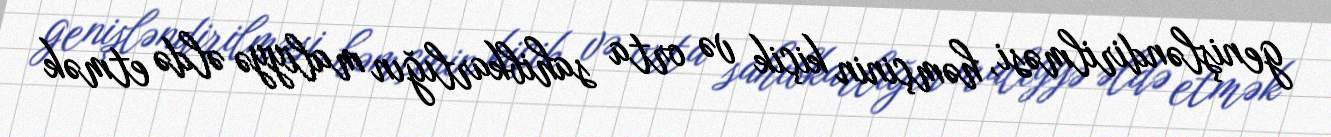
genişləndirilməsi, həmçinin kiçik və orta sahibkarlığın maliyyə əldə etmək